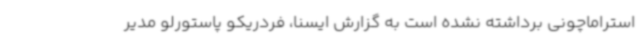
استراماچونی برداشته نشده است به گزارش ایسنا، فردریکو پاستورلو مدیر